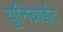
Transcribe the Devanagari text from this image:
युनिब्राईट